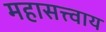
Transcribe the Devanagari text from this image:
महासत्त्वाय